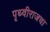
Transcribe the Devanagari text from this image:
पृथ्वीराजचा